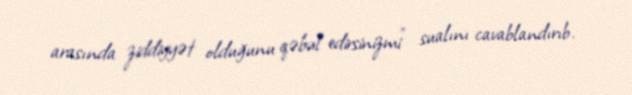
arasında ziddiyyət olduğunu qəbul edirsinizmi" sualını cavablandırıb.